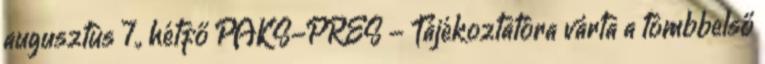
augusztus 7., hétfő PAKS-PRES - Tájékoztatóra várta a tömbbelső